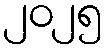
၂၀၂၅